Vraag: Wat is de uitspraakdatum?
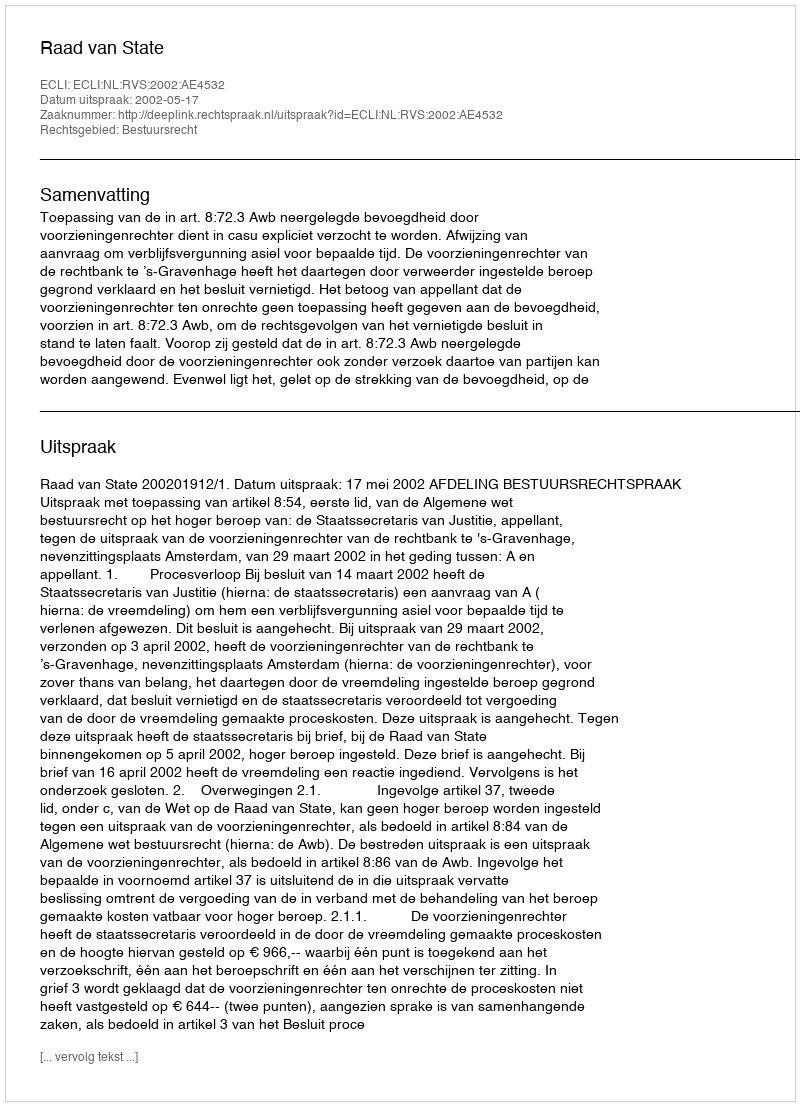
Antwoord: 2002-05-17